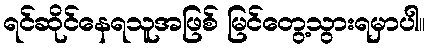
ရင်ဆိုင်နေရသူအဖြစ် မြင်တွေ့သွားရမှာပါ။